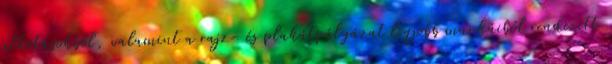
alkotásokból, valamint a rajz- és plakátpályázat legjobb munkáiból rendezett